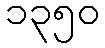
၁၃၅၀